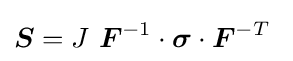
{\boldsymbol {S}}=J~{\boldsymbol {F}}^{-1}\cdot {\boldsymbol {\sigma }}\cdot {\boldsymbol {F}}^{-T}~